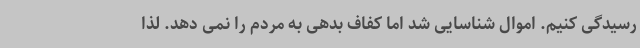
رسیدگی کنیم. اموال شناسایی شد اما کفاف بدهی به مردم را نمی دهد. لذا